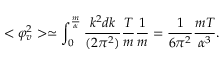
< \varphi _ { v } ^ { 2 } > \simeq \int _ { 0 } ^ { \frac { m } { \alpha } } { \frac { k ^ { 2 } d k } { ( 2 \pi ^ { 2 } ) } } { \frac { T } { m } } { \frac { 1 } { m } } = { \frac { 1 } { 6 \pi ^ { 2 } } } { \frac { m T } { \alpha ^ { 3 } } } .